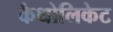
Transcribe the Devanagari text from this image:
कैथोलिकेट